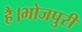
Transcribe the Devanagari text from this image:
है।भोजपुरी